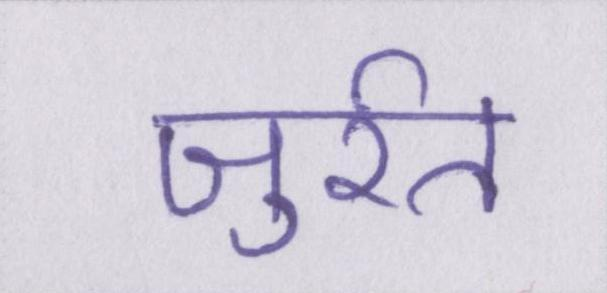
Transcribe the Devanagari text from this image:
जुर्रत